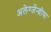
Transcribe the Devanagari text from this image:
अलेग्जेंन्द्रीया